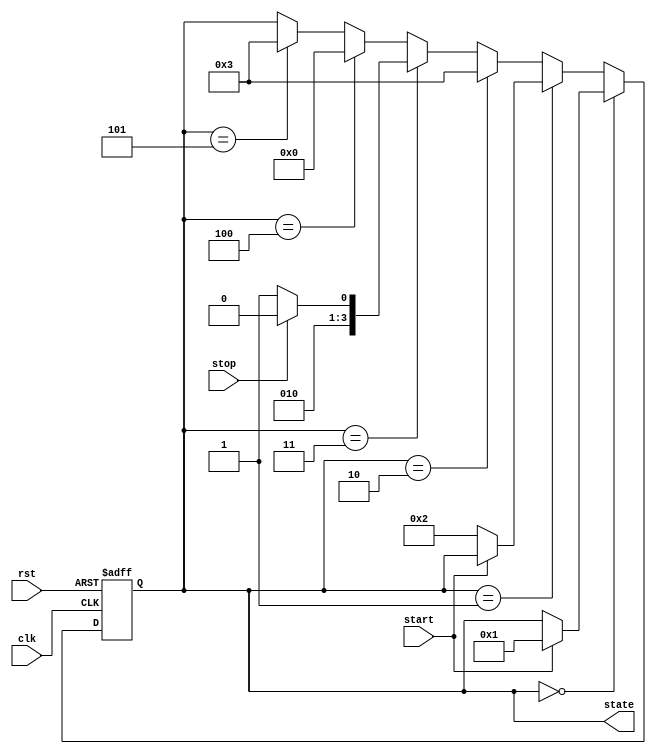
module controlUnit(input clk, start, stop, rst, output reg [3 : 0] state);
    initial begin
        state = 4'b0;
    end


    always @ (posedge clk, posedge rst) begin
        if (rst) begin
            state = 4'b0;
        end else begin
            if (state == 4'b0) begin    // state: stand by
                if (start == 1'b1) begin
                    state = 4'b001;
                end
            end else if (state == 4'b1) begin   // state: alert
                if (start == 0) begin
                    state = 4'd2;
                end
            end else if (state == 4'd2) begin   // state: startCalculation
                state = 4'd3;
            end else if (state == 4'd3) begin   // state: accumulateTerms
                if (stop == 1'b1) begin
                    state = 4'd4;
                end else begin
                    state = 4'd5;
                end
            end else if (state == 4'd4) begin   // state: calculateDistance
                state = 3'd0;
            end else if (state == 4'd5) begin   // state: remult
                state = 4'd3;
            end
        end
    end

endmodule